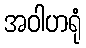
အဝါဟရုံ